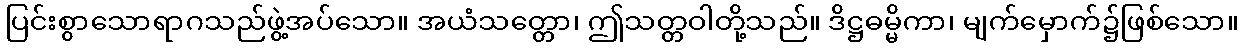
ပြင်းစွာသောရာဂသည်ဖွဲ့အပ်သော။ အယံသတ္တော၊ ဤသတ္တဝါတို့သည်။ ဒိဋ္ဌဓမ္မိကာ၊ မျက်မှောက်၌ဖြစ်သော။